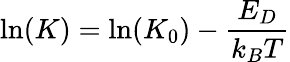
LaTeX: \ln(K)=\ln(K_{0})-\frac{E_{D}}{k_{B}T}